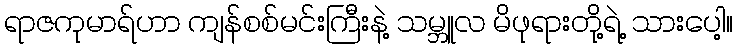
ရာဇကုမာရ်ဟာ ကျန်စစ်မင်းကြီးနဲ့ သမ္ဘူလ မိဖုရားတို့ရဲ့ သားပေါ့။